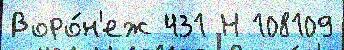
Воро́н'еж 431 Н 108109